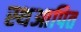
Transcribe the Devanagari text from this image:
स्थआपित